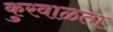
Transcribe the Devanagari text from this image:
कुरवाळता